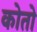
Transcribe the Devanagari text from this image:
कोतो